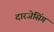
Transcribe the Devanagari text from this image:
दारजेसिंग